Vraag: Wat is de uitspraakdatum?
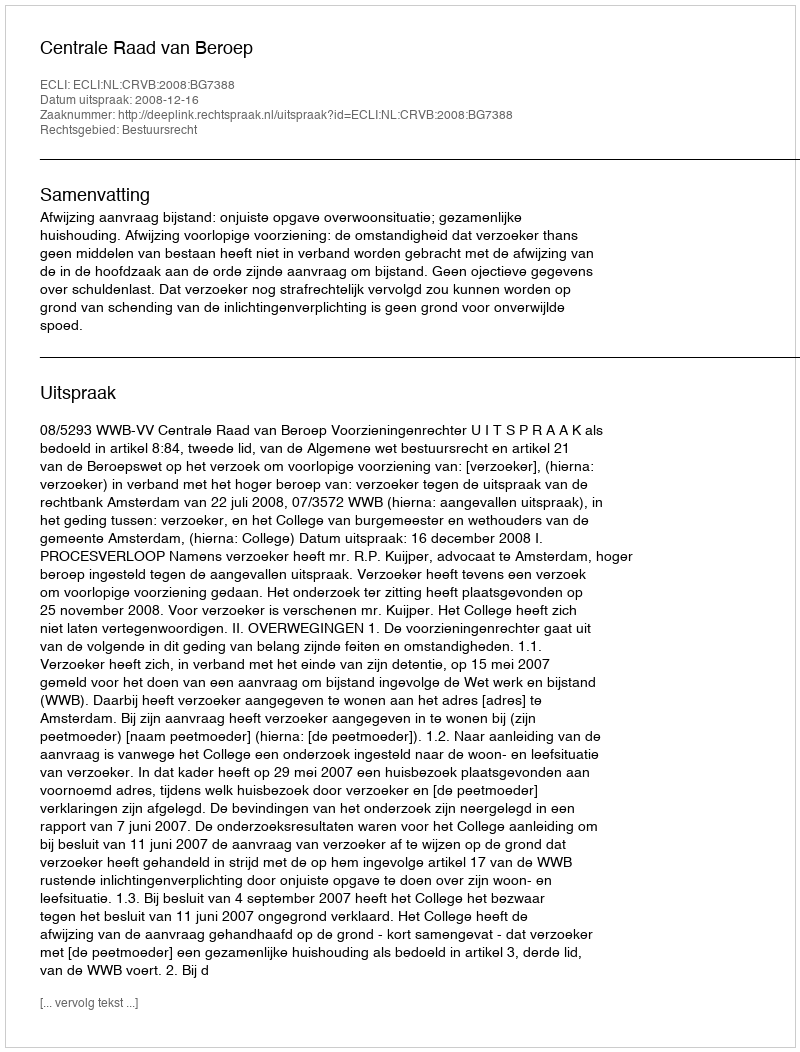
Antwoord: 2008-12-16